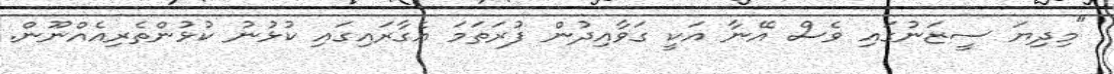
"މިދިޔަ ސީޒަނުގައި ވެސް އޭނާ އަކީ ގަވާއިދުން ފުރަތަމަ އެގާރައިގައި ކުޅުނު ކުޅުންތެރިއެއްނޫން.